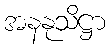
အနနုသိဋ္ဌာ